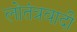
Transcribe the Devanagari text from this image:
लोतंत्रवादी